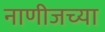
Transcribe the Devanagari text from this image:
नाणीजच्या